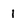
Character: 1